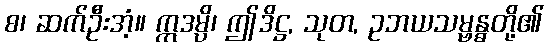
စ၊ ဆက်ဦးအံ့။ ဣဒမ္ပိ၊ ဤဒိဋ္ဌ, သုတ, ဥဘယသမ္ဗန္ဓတို့၏